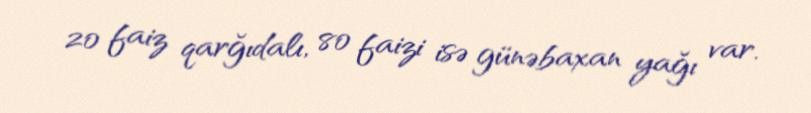
20 faiz qarğıdalı, 80 faizi isə günəbaxan yağı var.